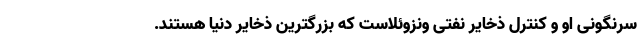
سرنگونی او و کنترل ذخایر نفتی ونزوئلاست که بزرگترین ذخایر دنیا هستند.